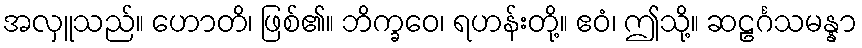
အလှူသည်။ ဟောတိ၊ ဖြစ်၏။ ဘိက္ခဝေ၊ ရဟန်းတို့။ ဧဝံ၊ ဤသို့။ ဆဠင်္ဂသမန္နာ